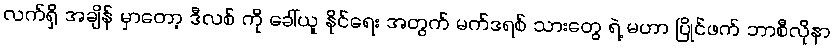
လက်ရှိ အချိန် မှာတော့ ဒီလစ် ကို ခေါ်ယူ နိုင်ရေး အတွက် မက်ဒရစ် သားတွေ ရဲ့ မဟာ ပြိုင်ဖက် ဘာစီလိုနာ